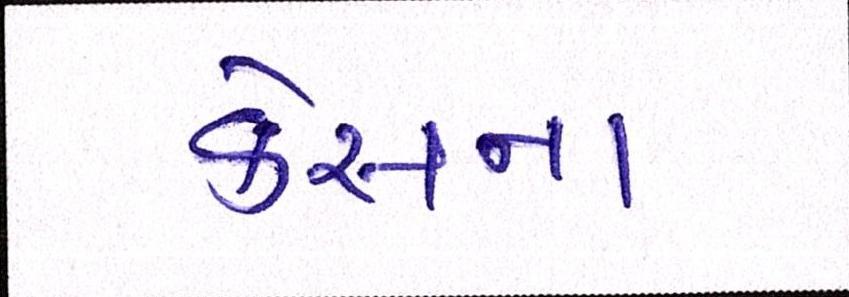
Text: કેસનાં